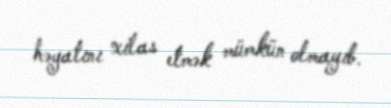
həyatını xilas etmək mümkün olmayıb.